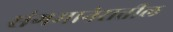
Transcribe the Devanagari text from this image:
संगमानेरातील